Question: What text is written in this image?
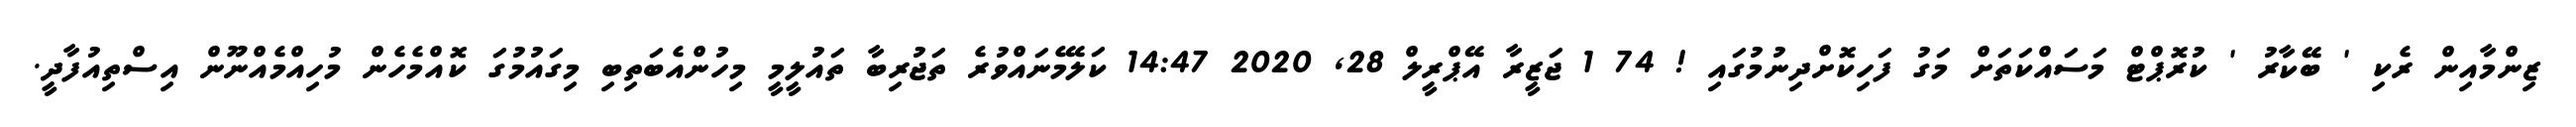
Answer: ޒިންމާއިން ރެކި ' ބޭކާރު ' ކުރޮޕްޓް މަސައްކަތަށް މަގު ފަހިކޮށްދިނުމުގައި ! 74 1 ޖަޒީރާ އޭޕްރީލް 28, 2020 14:47 ކަލޭމެނައްވުރެ ތަޖުރިބާ ތައުލީމީ މިހުންއެބަތިބި މިގައުމުގަ ކޮއްމެހެން މުހިއްމެއްނޫން އިސްތިއުފާދީ.